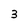
Character: 3